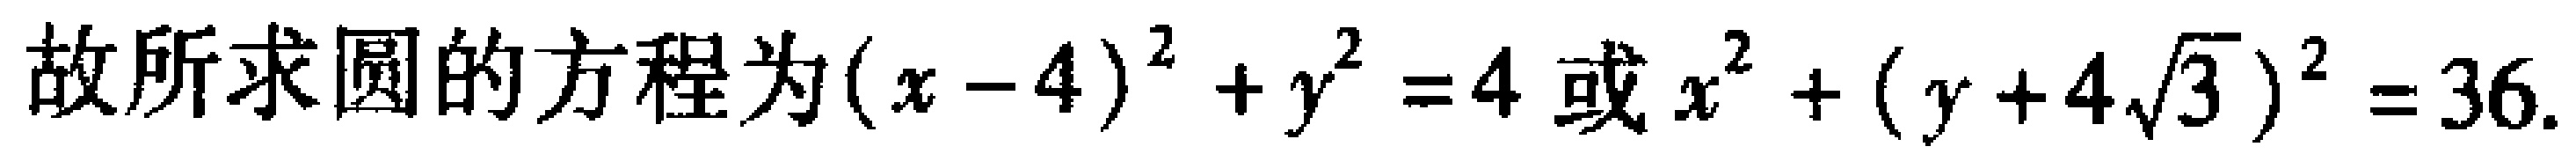
故所求圆的方程为\((x - 4)^2 + y^2 = 4\)或\(x^2 + (y + 4\sqrt{3})^2 = 36\)